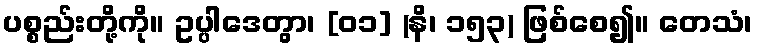
ပစ္စည်းတို့ကို။ ဥပ္ပါဒေတွာ၊ [၀၁] (နိ၊ ၁၅၃) ဖြစ်စေ၍။ တေသံ၊